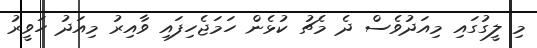
މި ލީގުގައި މިއަދުވެސް ދެ މެޗު ކުޅެން ހަމަޖެހިފައި ވާއިރު މިއަދު ހަވީރު